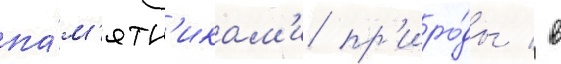
па́м'ятн'икам'и пр'иро́ды / в